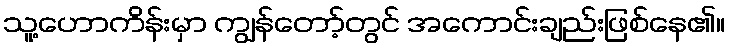
သူ့ဟောကိန်းမှာ ကျွန်တော့်တွင် အကောင်းချည်းဖြစ်နေ၏။